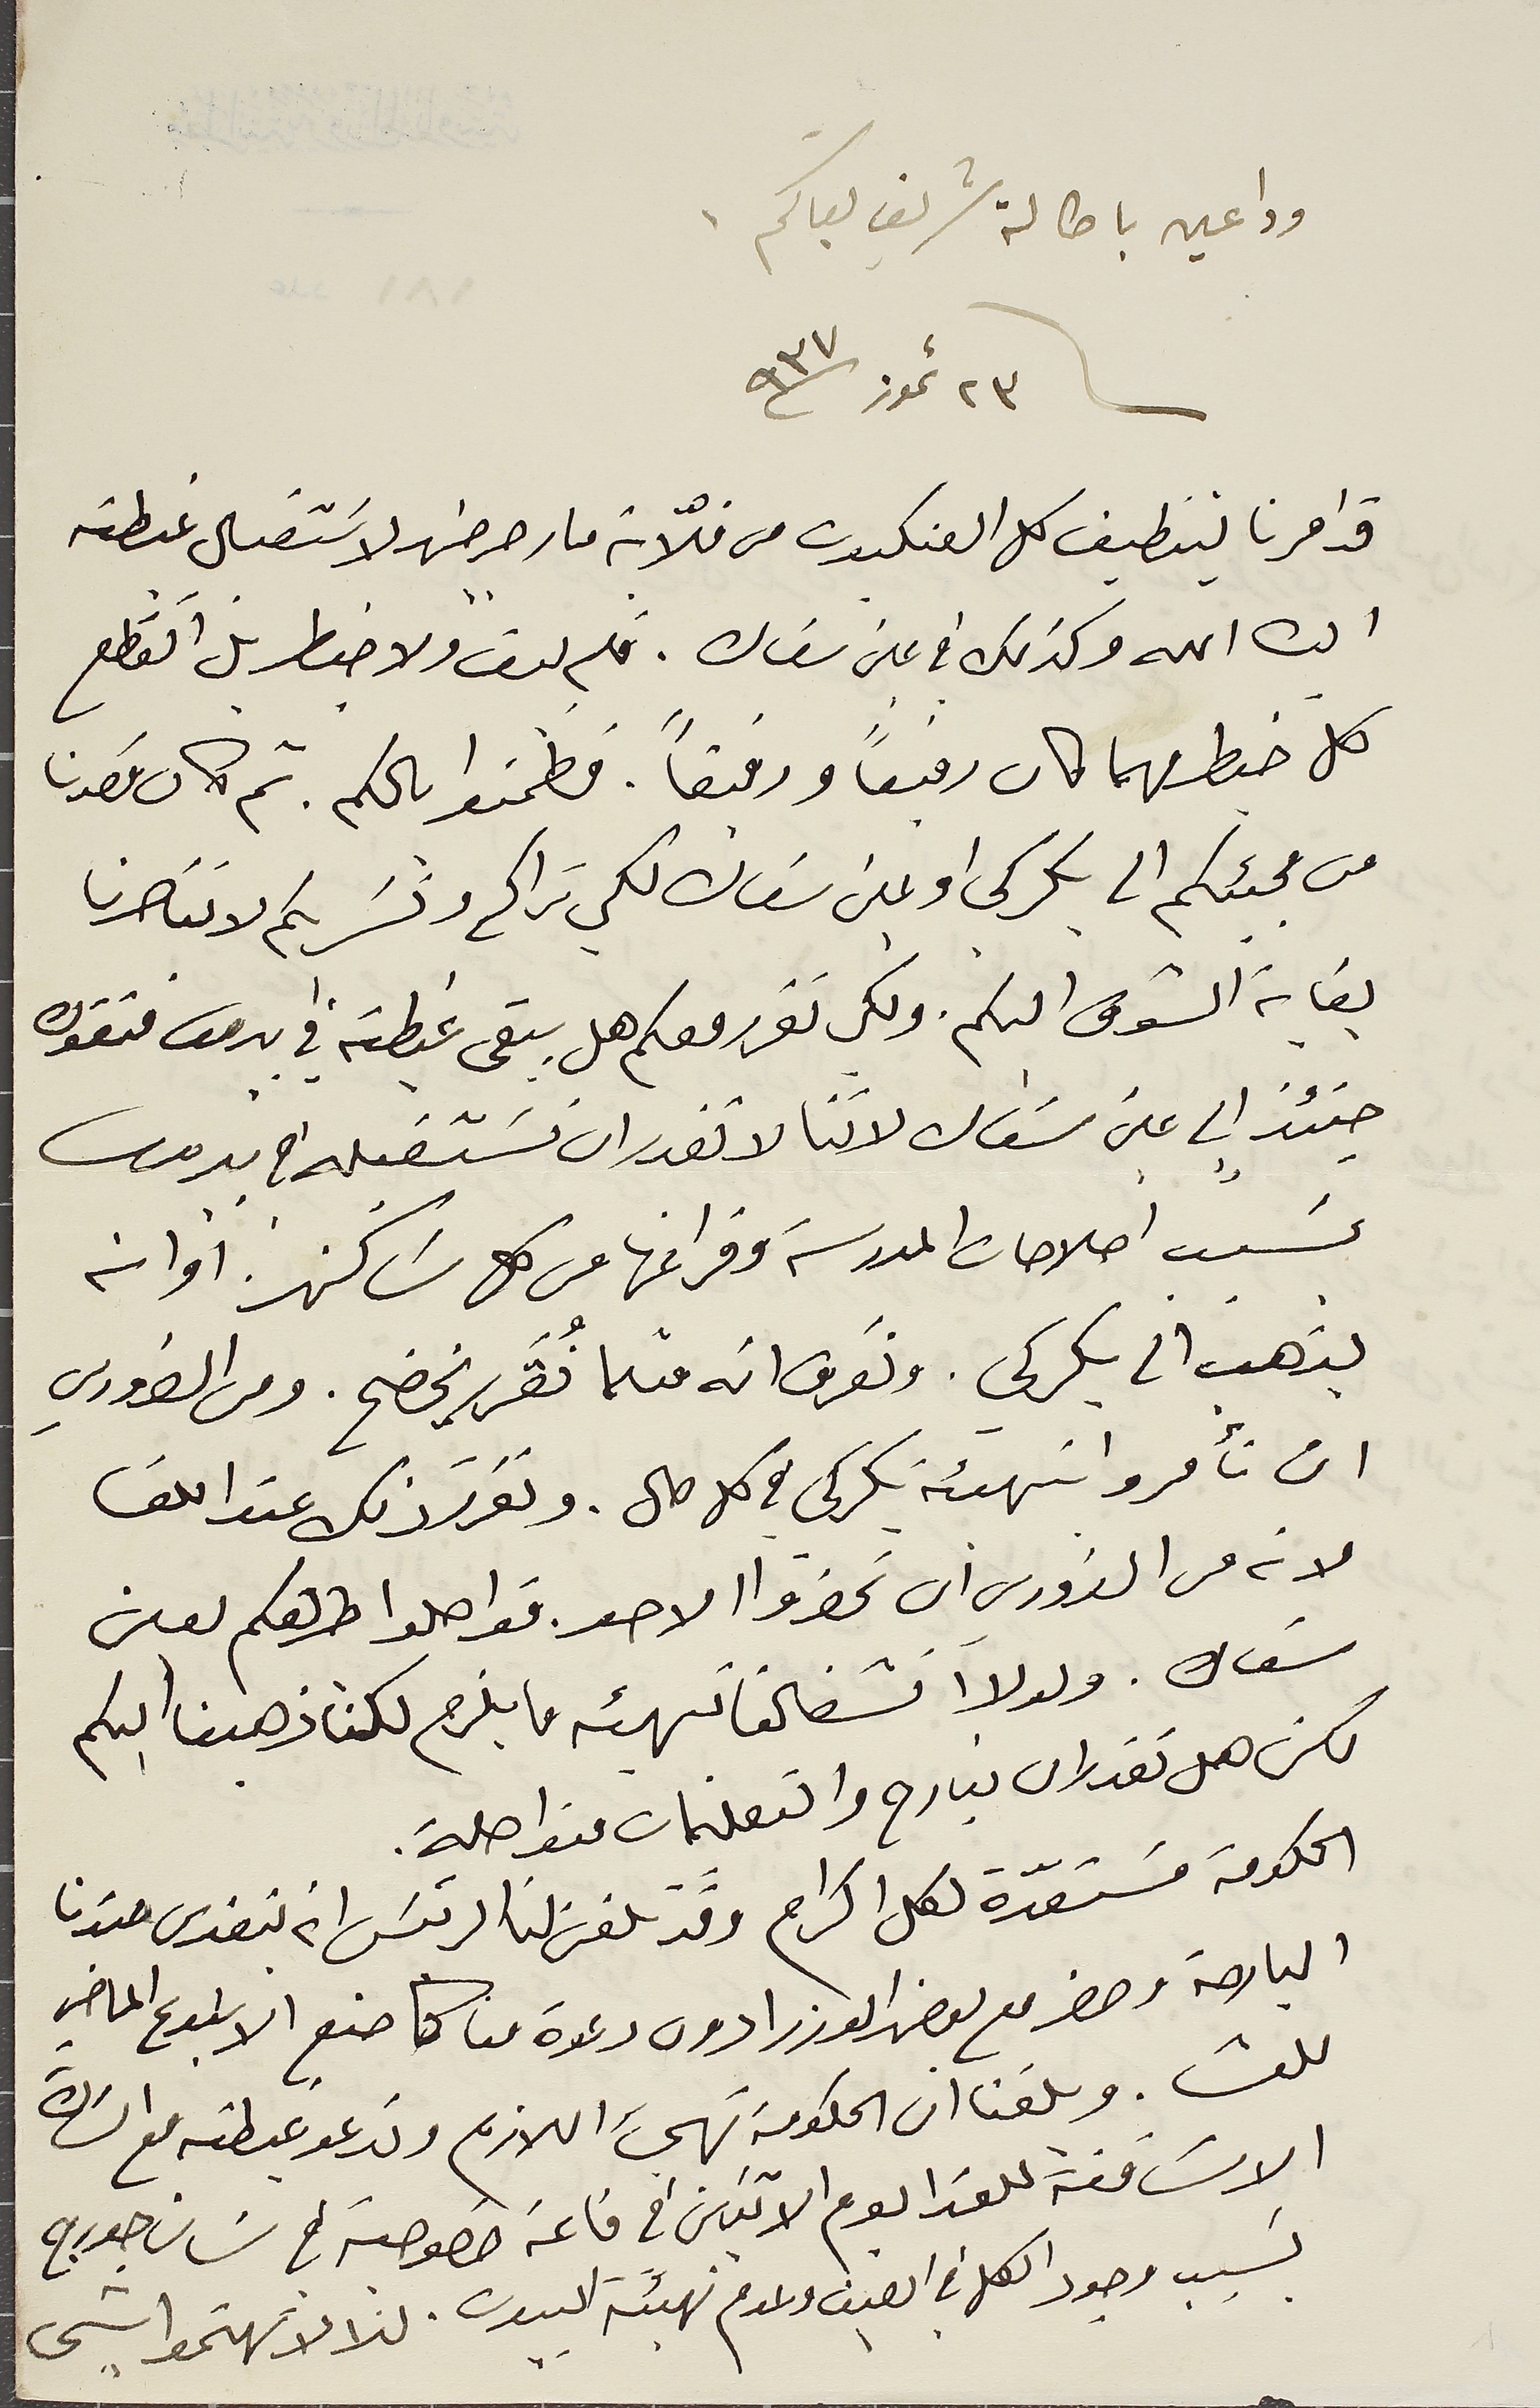
وداعين باطالة شريف بقاكم.
٢٣ تموز سنة / ٩٣٧
قد امرنا بتنطيف كل العنكبوت من فلّاية مار جرجسَ لاسَتقبال غبطته
ايده الله وكذلك في عين سَعاده. فلم يبق ولا خيط بل انقطع
كل خيط مهما كان رفيعاً ورقيقاً. فطمنوا بالكم. ثم كان قصدنا
 من مجيئكم الى بكركي او عين سعاده لكي نراكم ونسَر بكم لاننا صرنا
بغاية الشوق اليكم. ولكي نقرر معكم هل يبقى غبطته في بيروت فتقوده
 حينئذٍ الى عين سَعاده لاننا لا نقدر ان نسَتقبله قي بيروت
بسَبب اصلاحات المدرسة وفراغها من كل سَاكن او انه
يذهب الى بكركي. ونَعرف انه مثلما نُقرر يخضح. ومن الضروري
ان تأمروا بتهيئة بكركى في كل حال. ونقرر ذلك عند اللقا
لانه من الضروري ان تحضروا الاحد. فواصلوا طريقكم لعين
سَعاده. ولولا انشغالنا تهيئه ما يلزم لكنا ذهبنا اليكم
لكن هل نقدر ان نبارح والتعليمات متواصلة.
 الحكومة مسَتعدة لكل اكرام وقد تلفن لنا الرئيسَ ان يتغدى عندنا
 البارحة وحضر مع بعض الوزرا دون دعوة منا كما صنع الاسبوع الماضي
للعشا. وبلغنا ان الحكومة تهيء اللازم وتدعو غبطته مع السَادة
 الاسَاقفة للغدا يوم الاثنين في قاعة خصوصية فى سَان جورج
بسبب وجود الكل في الصيف وعدم تهيئة البيوت، لذا لا تهتموا بشى